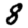
Digit: 8